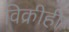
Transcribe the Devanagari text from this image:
विक्रीही